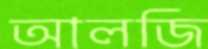
আলজি